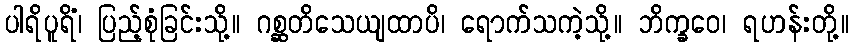
ပါရိပူရိံ၊ ပြည့်စုံခြင်းသို့။ ဂစ္ဆတိသေယျထာပိ၊ ရောက်သကဲ့သို့။ ဘိက္ခဝေ၊ ရဟန်းတို့။